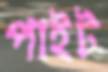
পাইট